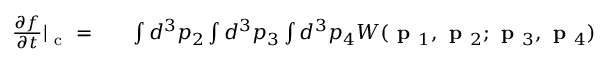
\begin{array} { r l r } { \frac { \partial f } { \partial t } | _ { \mathrm { ~ c ~ } } = } & { { } } & { \int d ^ { 3 } p _ { 2 } \int d ^ { 3 } p _ { 3 } \int d ^ { 3 } p _ { 4 } W ( \textbf { p } _ { 1 } , \textbf { p } _ { 2 } ; \textbf { p } _ { 3 } , \textbf { p } _ { 4 } ) } \end{array}